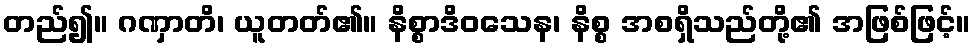
တည်၍။ ဂဏှာတိ၊ ယူတတ်၏။ နိစ္စာဒိဝသေန၊ နိစ္စ အစရှိသည်တို့၏ အဖြစ်ဖြင့်။